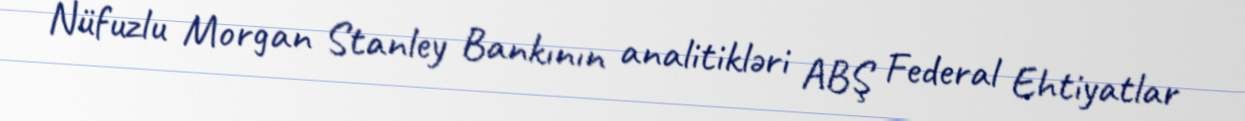
Nüfuzlu Morgan Stanley Bankının analitikləri ABŞ Federal Ehtiyatlar